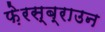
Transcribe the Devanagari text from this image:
फ़ेरस्ब्राउन